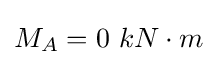
M_{A}=0\ kN\cdot m